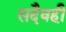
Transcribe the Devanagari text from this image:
सदैवही